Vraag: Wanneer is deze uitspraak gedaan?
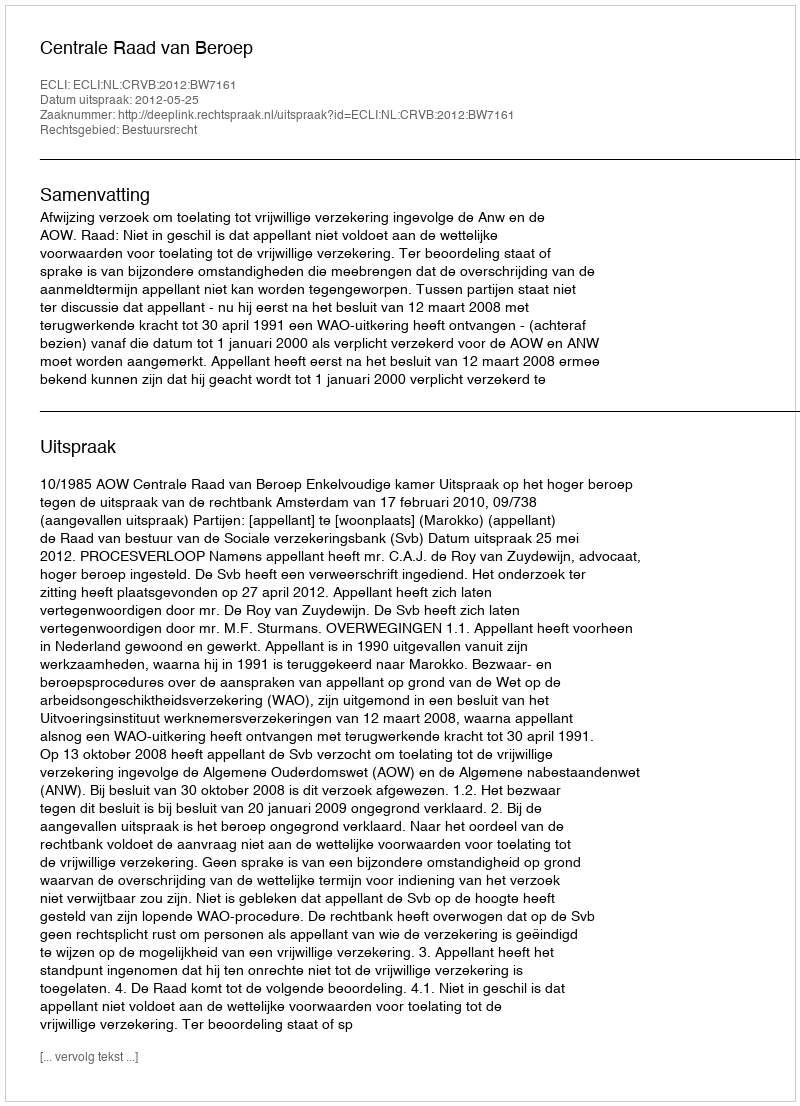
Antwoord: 2012-05-25